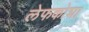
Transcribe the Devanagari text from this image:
लेफकोशा